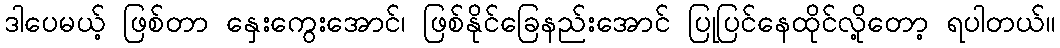
ဒါပေမယ့် ဖြစ်တာ နှေးကွေးအောင်၊ ဖြစ်နိုင်ခြေနည်းအောင် ပြုပြင်နေထိုင်လို့တော့ ရပါတယ်။